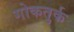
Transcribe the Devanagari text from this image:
गोकतुर्क